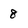
Character: 8